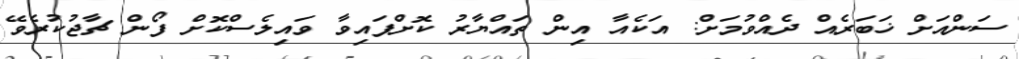
ސަންއަށް ޚަބަރެއް ދެއްވުމަށް: އަކެއާ އިން ތައްޔާރު ކޮށްފައިވާ ވައިލެސްކޮށް ފޯން ޗާޖުކުރެވޭ